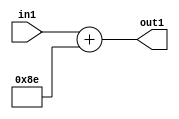
`timescale 1ps / 1ps
/*****************************************************************************
    Verilog RTL Description
    
    
    Created by: Stratus DpOpt 2019.1.01 
*******************************************************************************/

module DC_Filter_Add_12U_257_4 (
	in1,
	out1
	); /* architecture "behavioural" */ 
input [11:0] in1;
output [11:0] out1;
wire [11:0] asc001;

assign asc001 = 
	+(in1)
	+(12'B000010001110);

assign out1 = asc001;
endmodule

/* CADENCE  urn3Sg8= : u9/ySgnWtBlWxVPRXgAZ4Og= ** DO NOT EDIT THIS LINE ******/